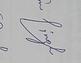
Signature authenticity: genuine